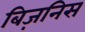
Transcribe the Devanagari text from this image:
बिज़निस